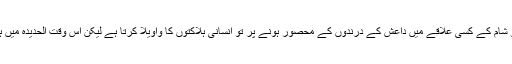
یہاں پر لمحہ فکریہ ہے ہمارے لئے کہ وہ میڈیا جو شام کے کسی علاقے میں داعش کے درندوں کے محصور ہونے پر تو انسانی ہلاکتوں کا واویلا کرتا ہے لیکن اس وقت الحدیدہ میں ہونے والے انسانی المیے پر چپ سادھے ہوئے ہے۔